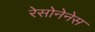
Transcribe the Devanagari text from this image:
रेसोनेनेस